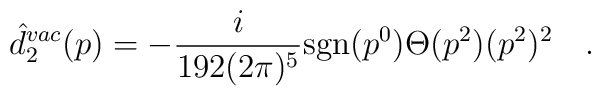
\hat{d}^{vac}_2(p)=-\frac{i}{192 (2 \pi)^5} \mbox{sgn}(p^0) \Theta(p^2) (p^2)^2 \quad .